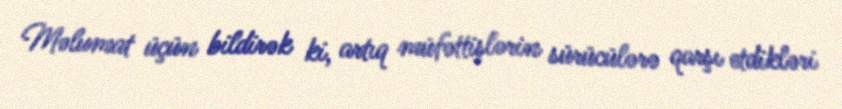
Məlumat üçün bildirək ki, artıq müfəttişlərin sürücülərə qarşı etdikləri